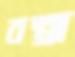
বল্‌গা